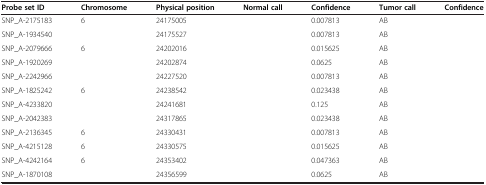
<table><thead><tr><td><b>Probe set ID</b></td><td><b>Chromosome</b></td><td><b>Physical position</b></td><td><b>Normal call</b></td><td><b>Confidence</b></td><td><b>Tumor call</b></td><td><b>Confidence</b></td></tr></thead><tbody><tr><td>SNP_A-2175183</td><td>6</td><td>24175005</td><td>[EMPTY_CELL]</td><td>0.007813</td><td>AB</td><td>[EMPTY_CELL]</td></tr><tr><td>SNP_A-1934540</td><td>[EMPTY_CELL]</td><td>24175527</td><td>[EMPTY_CELL]</td><td>0.007813</td><td>AB</td><td>[EMPTY_CELL]</td></tr><tr><td>SNP_A-2079666</td><td>6</td><td>24202016</td><td>[EMPTY_CELL]</td><td>0.015625</td><td>AB</td><td>[EMPTY_CELL]</td></tr><tr><td>SNP_A-1920269</td><td>[EMPTY_CELL]</td><td>24202874</td><td>[EMPTY_CELL]</td><td>0.0625</td><td>AB</td><td>[EMPTY_CELL]</td></tr><tr><td>SNP_A-2242966</td><td>[EMPTY_CELL]</td><td>24227520</td><td>[EMPTY_CELL]</td><td>0.007813</td><td>AB</td><td>[EMPTY_CELL]</td></tr><tr><td>SNP_A-1825242</td><td>6</td><td>24238542</td><td>[EMPTY_CELL]</td><td>0.023438</td><td>AB</td><td>[EMPTY_CELL]</td></tr><tr><td>SNP_A-4233820</td><td>[EMPTY_CELL]</td><td>24241681</td><td>[EMPTY_CELL]</td><td>0.125</td><td>AB</td><td>[EMPTY_CELL]</td></tr><tr><td>SNP_A-2042383</td><td>[EMPTY_CELL]</td><td>24317865</td><td>[EMPTY_CELL]</td><td>0.023438</td><td>AB</td><td>[EMPTY_CELL]</td></tr><tr><td>SNP_A-2136345</td><td>6</td><td>24330431</td><td>[EMPTY_CELL]</td><td>0.007813</td><td>AB</td><td>[EMPTY_CELL]</td></tr><tr><td>SNP_A-4215128</td><td>6</td><td>24330575</td><td>[EMPTY_CELL]</td><td>0.015625</td><td>AB</td><td>[EMPTY_CELL]</td></tr><tr><td>SNP_A-4242164</td><td>6</td><td>24353402</td><td>[EMPTY_CELL]</td><td>0.047363</td><td>AB</td><td>[EMPTY_CELL]</td></tr><tr><td>SNP_A-1870108</td><td>[EMPTY_CELL]</td><td>24356599</td><td>[EMPTY_CELL]</td><td>0.0625</td><td>AB</td><td>[EMPTY_CELL]</td></tr></tbody></table>